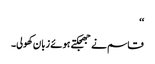
‘‘
قاسم نے جھجکتے ہوئے زبان کھولی۔